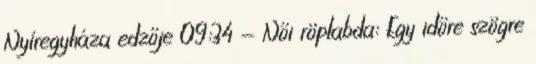
Nyíregyháza edzője 09:34 - Női röplabda: Egy időre szögre